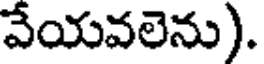
వేయవలెను).